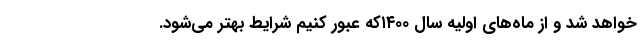
خواهد شد و از ماه‌های اولیه سال ۱۴۰۰که عبور کنیم شرایط بهتر می‌شود.